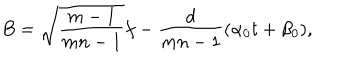
B = \sqrt { \frac { m - 1 } { m n - 1 } } f - \frac { d } { m n - 1 } ( \alpha _ { 0 } t + \beta _ { 0 } ) ,